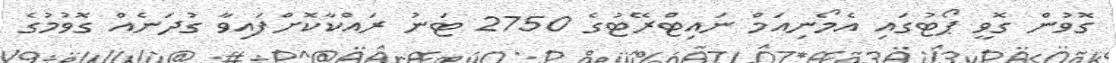
ގޮވުން ގޮވީ ޕޯޓުގައި އެމޯނިއަމް ނައިޓްރޭޓުގެ 2750 ޓަނު ރައްކާކޮށްފައިވާ ގުދަނެއް ގޮވުމުގެ